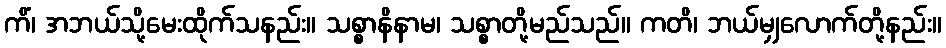
ကိံ၊ အဘယ်သို့မေးထိုက်သနည်း။ သစ္စာနိနာမ၊ သစ္စာတို့မည်သည်။ ကတိ၊ ဘယ်မျှလောက်တို့နည်း။